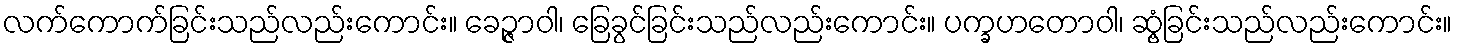
လက်ကောက်ခြင်းသည်လည်းကောင်း။ ခေဉ္ဇာဝါ၊ ခြေခွင်ခြင်းသည်လည်းကောင်း။ ပက္ခဟတောဝါ၊ ဆွံ့ခြင်းသည်လည်းကောင်း။